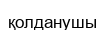
қолданушы